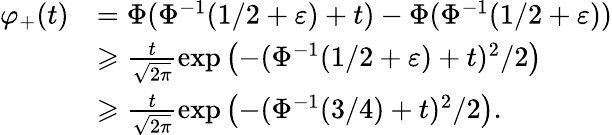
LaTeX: \begin{array}{rl}{\varphi_{+}(t)}&{=\Phi(\Phi^{-1}(1/2+\varepsilon)+t)-\Phi(\Phi^{-1}(1/2+\varepsilon))}\\ &{\geqslant\frac{t}{\sqrt{2\pi}}\exp\left(-(\Phi^{-1}(1/2+\varepsilon)+t)^{2}/2\right)}\\ &{\geqslant\frac{t}{\sqrt{2\pi}}\exp\left(-(\Phi^{-1}(3/4)+t)^{2}/2\right).}\end{array}